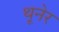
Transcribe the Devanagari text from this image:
थूनेर